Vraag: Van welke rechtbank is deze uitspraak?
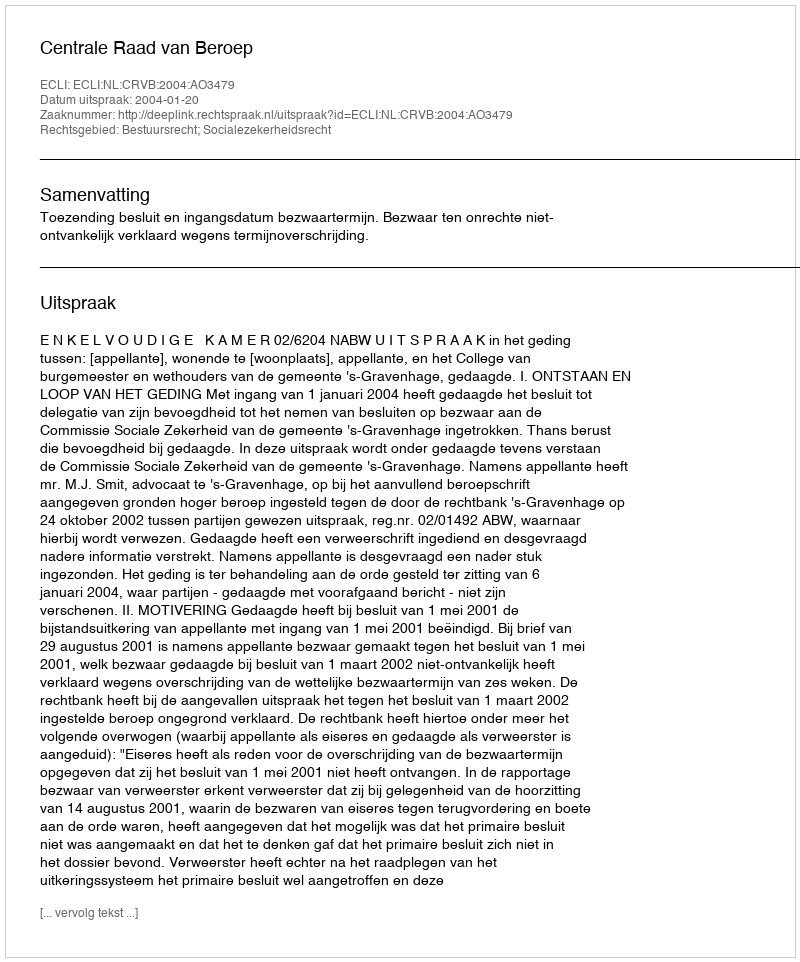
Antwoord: Centrale Raad van Beroep